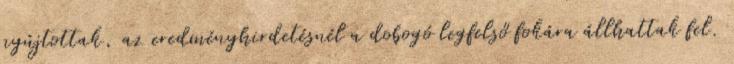
nyújtottak, az eredményhirdetésnél a dobogó legfelső fokára állhattak fel.